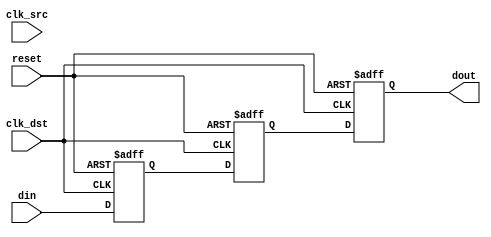
module signal_level_crossing_synchronizer #(
    parameter WIDTH = 1 // Width of the input signal
)(
    input wire clk_src,           // Source clock
    input wire clk_dst,           // Destination clock
    input wire reset,             // Asynchronous reset
    input wire [WIDTH-1:0] din,   // Input signal from source clock domain
    output reg [WIDTH-1:0] dout   // Synchronized output signal in destination clock domain
);

    // Internal registers for the two-stage flip-flop synchronizer
    reg [WIDTH-1:0] sync_ff1;
    reg [WIDTH-1:0] sync_ff2;

    // First stage of synchronization (sampling on destination clock)
    always @(posedge clk_dst or posedge reset) begin
        if (reset) begin
            sync_ff1 <= {WIDTH{1'b0}}; // Initialize to known state
        end else begin
            sync_ff1 <= din; // Sample input signal
        end
    end

    // Second stage of synchronization
    always @(posedge clk_dst or posedge reset) begin
        if (reset) begin
            sync_ff2 <= {WIDTH{1'b0}}; // Initialize to known state
        end else begin
            sync_ff2 <= sync_ff1; // Capture the output of the first flip-flop
        end
    end

    // Output assignment
    always @(posedge clk_dst or posedge reset) begin
        if (reset) begin
            dout <= {WIDTH{1'b0}}; // Initialize output to known state
        end else begin
            dout <= sync_ff2; // Output the synchronized signal
        end
    end

endmodule